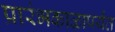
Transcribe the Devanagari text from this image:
प्रारंभकाळापर्यंत